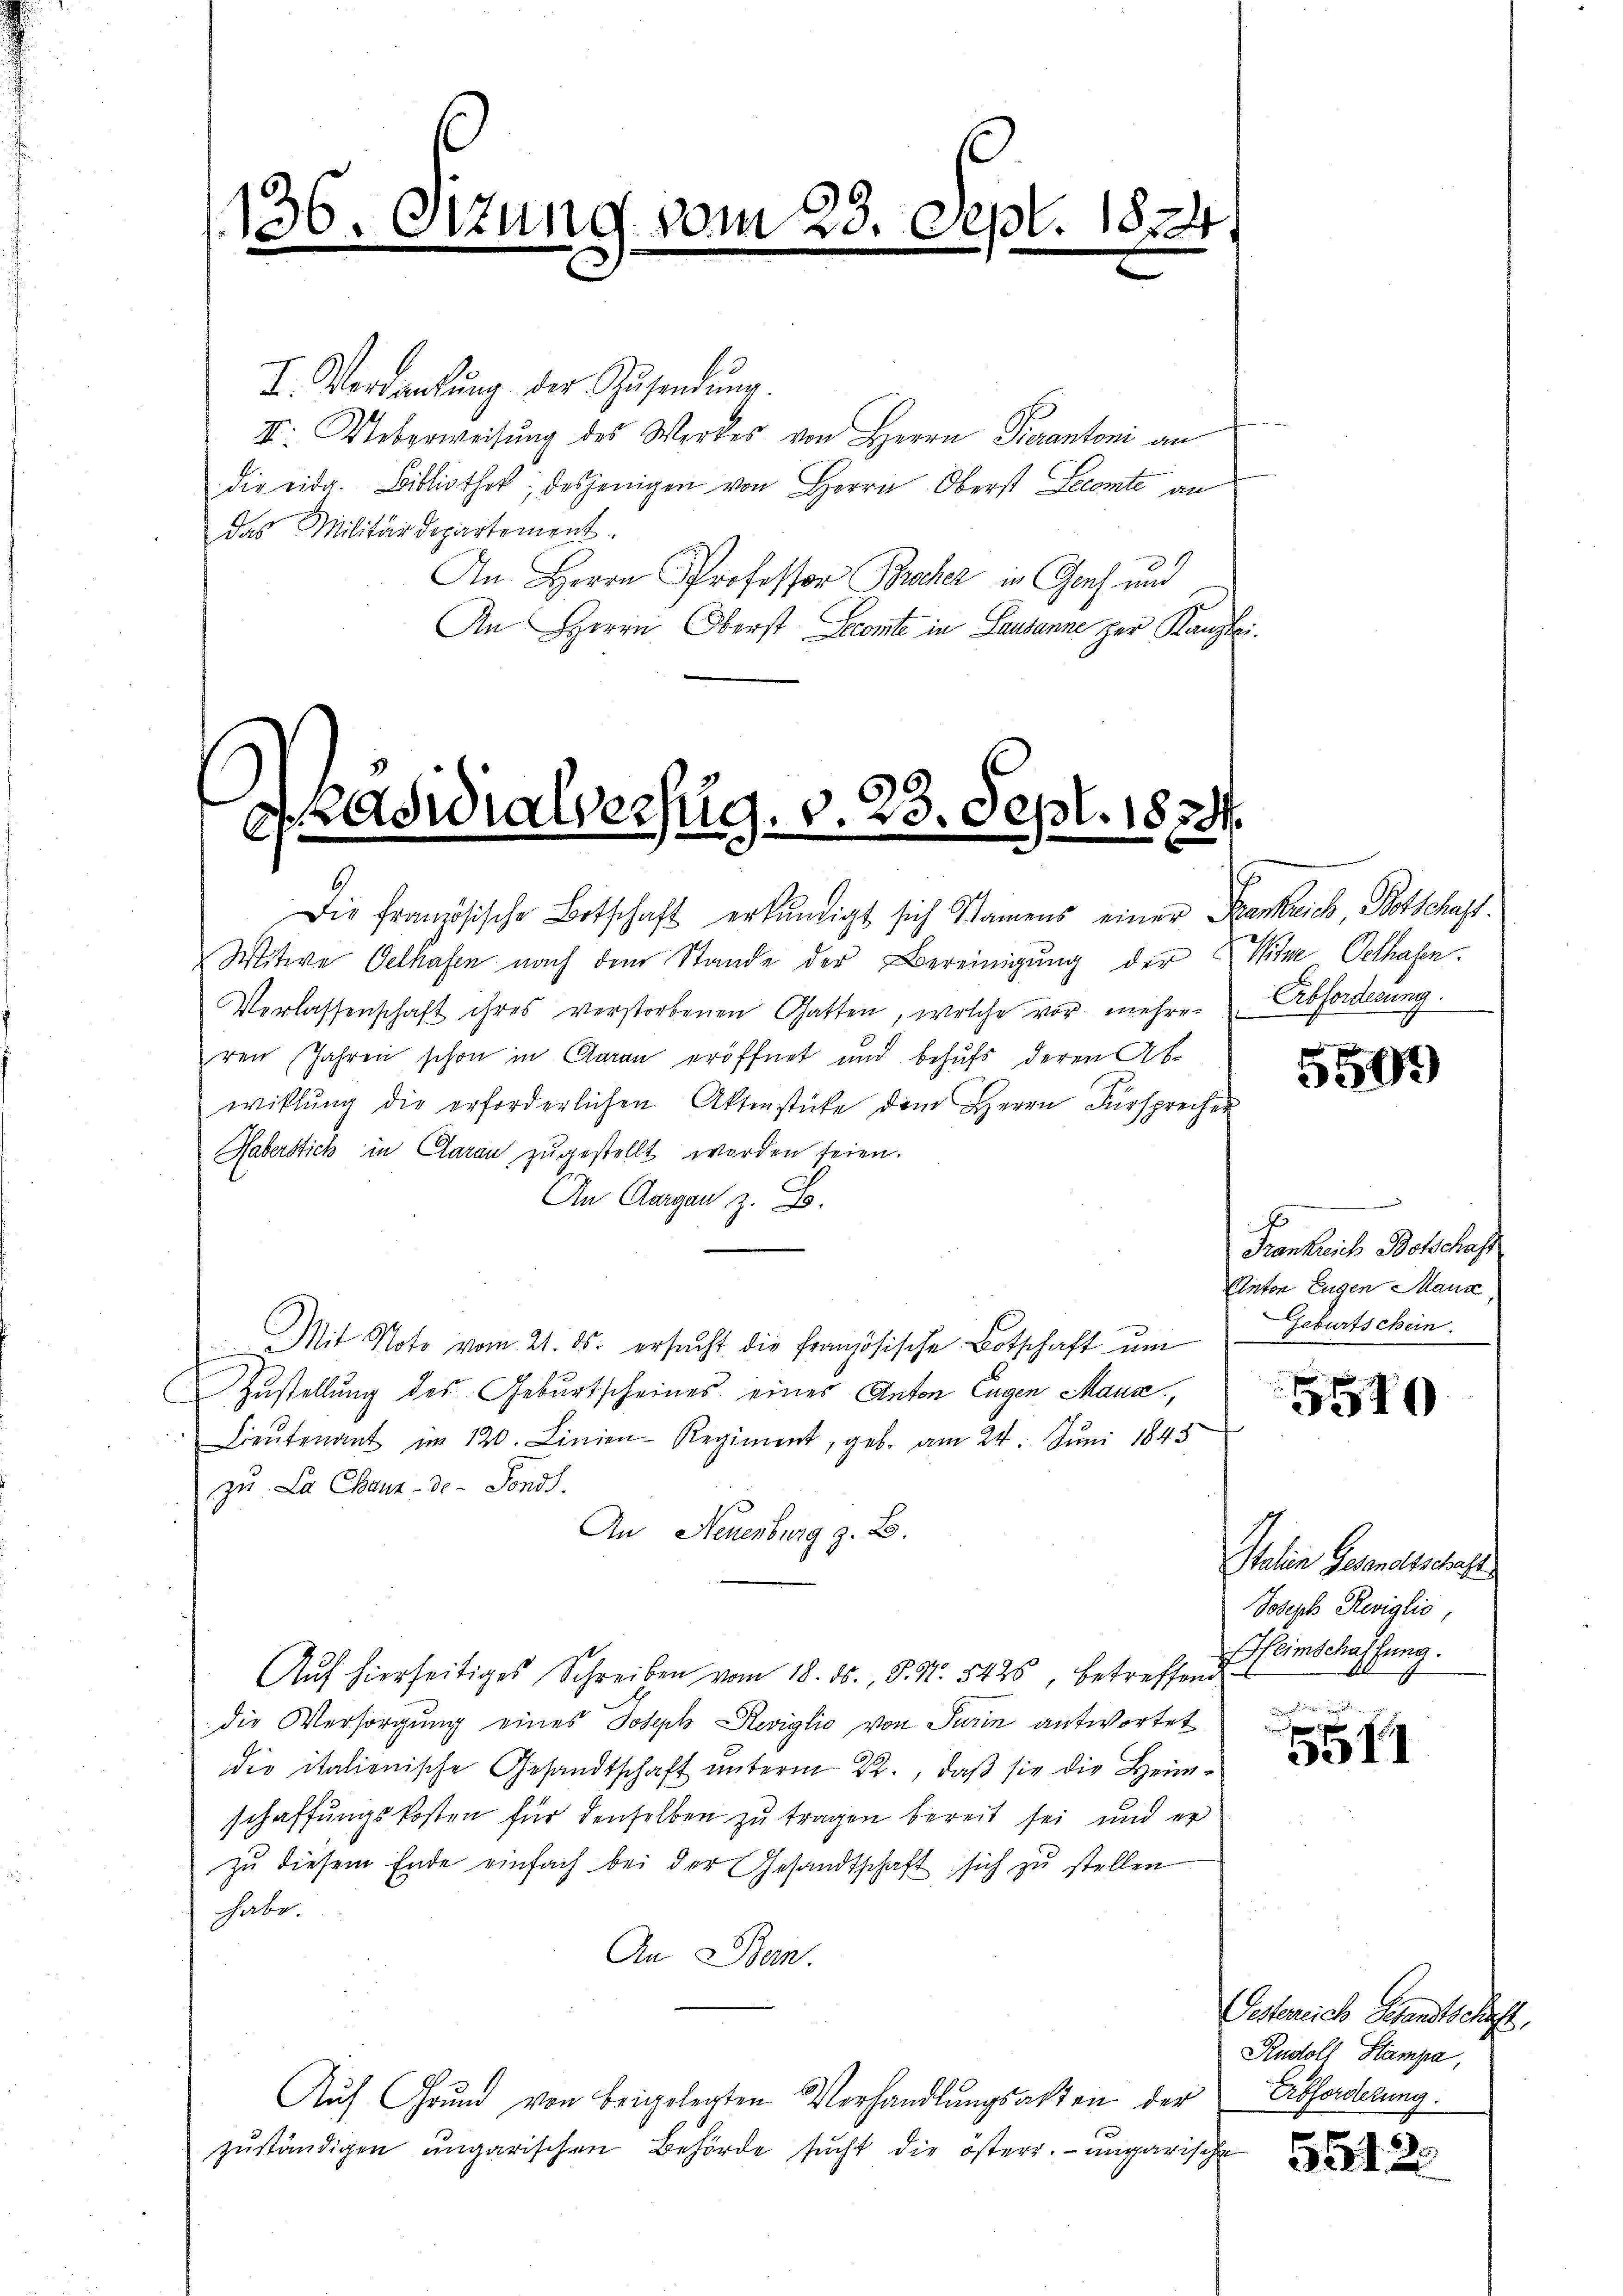
s
136. Sitzung vom 23. Sept. 1824

I. Verdankŭng der Zŭsendŭng.
II. Ueberweisŭng des Werkes von Herrn Dierantoni an
die eidg. Bibliothek, desjenigen von Herrn Oberst Seconte an
das Militärdepartement.
An Herrn Professor Brecher in Genf und
An Herrn Oberst Seconte in Lausanne zur Kanzlei.

9

Päsidialverzug. v. 23. Sept. 1824.

Witwe Oelhafen nach dem Stande der Bereinigung der
Verlassenschaft ihres verstorbenen Gatten, welche vor mehrer
ren Jahren schon in Aarau eröffnet und behufs deren Abwiklŭng die erforderlichen Aktenstücke dem Herrn Fürsprecher
Haberstich in Garan zŭgestellt worden seien.
An Aargau z. B.
Mit Note vom 21. ds. ersŭcht die Französische Botschaft ŭm
Zustellŭng des Gebŭrtscheines eines Anton Eugen Maus,
Lieŭtenant im 120. Linien-Regiment, geb. am 24. Juni 1845
zu La Chaux-de-Fonds.
An Neuenburg z. B.
Auf hierseitiges Schreiben vom 18. ds., S. Nr. 5426, betreffend
die Versorgung eines Joseph Reviglio von Turin antwortet
die italienische Gesandtschaft unterm 22., daß sie die Heimschaffungskosten für denselben zu tragen bereit sei und er
zŭ diesem Ende einfach bei der Gesandtschaft sich zu stellen
habe.
An Ban
Aŭf Grŭnd von beigelegten Verhandlŭngsakten der
zŭständigen ungarischen Behörde sucht die österr. ungarische

Die französische Botschaft erkundigt sich Namens einer Frankreich Botschaft.

Wine Oehagen.
Abforderung.

5599

B
Krankreich Botschaft
Anton Eugen Mann
Geburtschein

5570

Italien Gesandtschaft
Joseph Reviglio,
Heimschaffung.

5511

Oestereich Gesandtschaft.
Rudolf Stampa,
Erbforderung.

5512